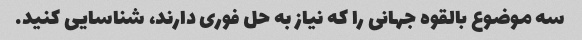
سه موضوع بالقوه جهانی را که نیاز به حل فوری دارند، شناسایی کنید.